65_HS1-834228961_62-HQ-83894_Serial_130
Agency: FBI
Page 50
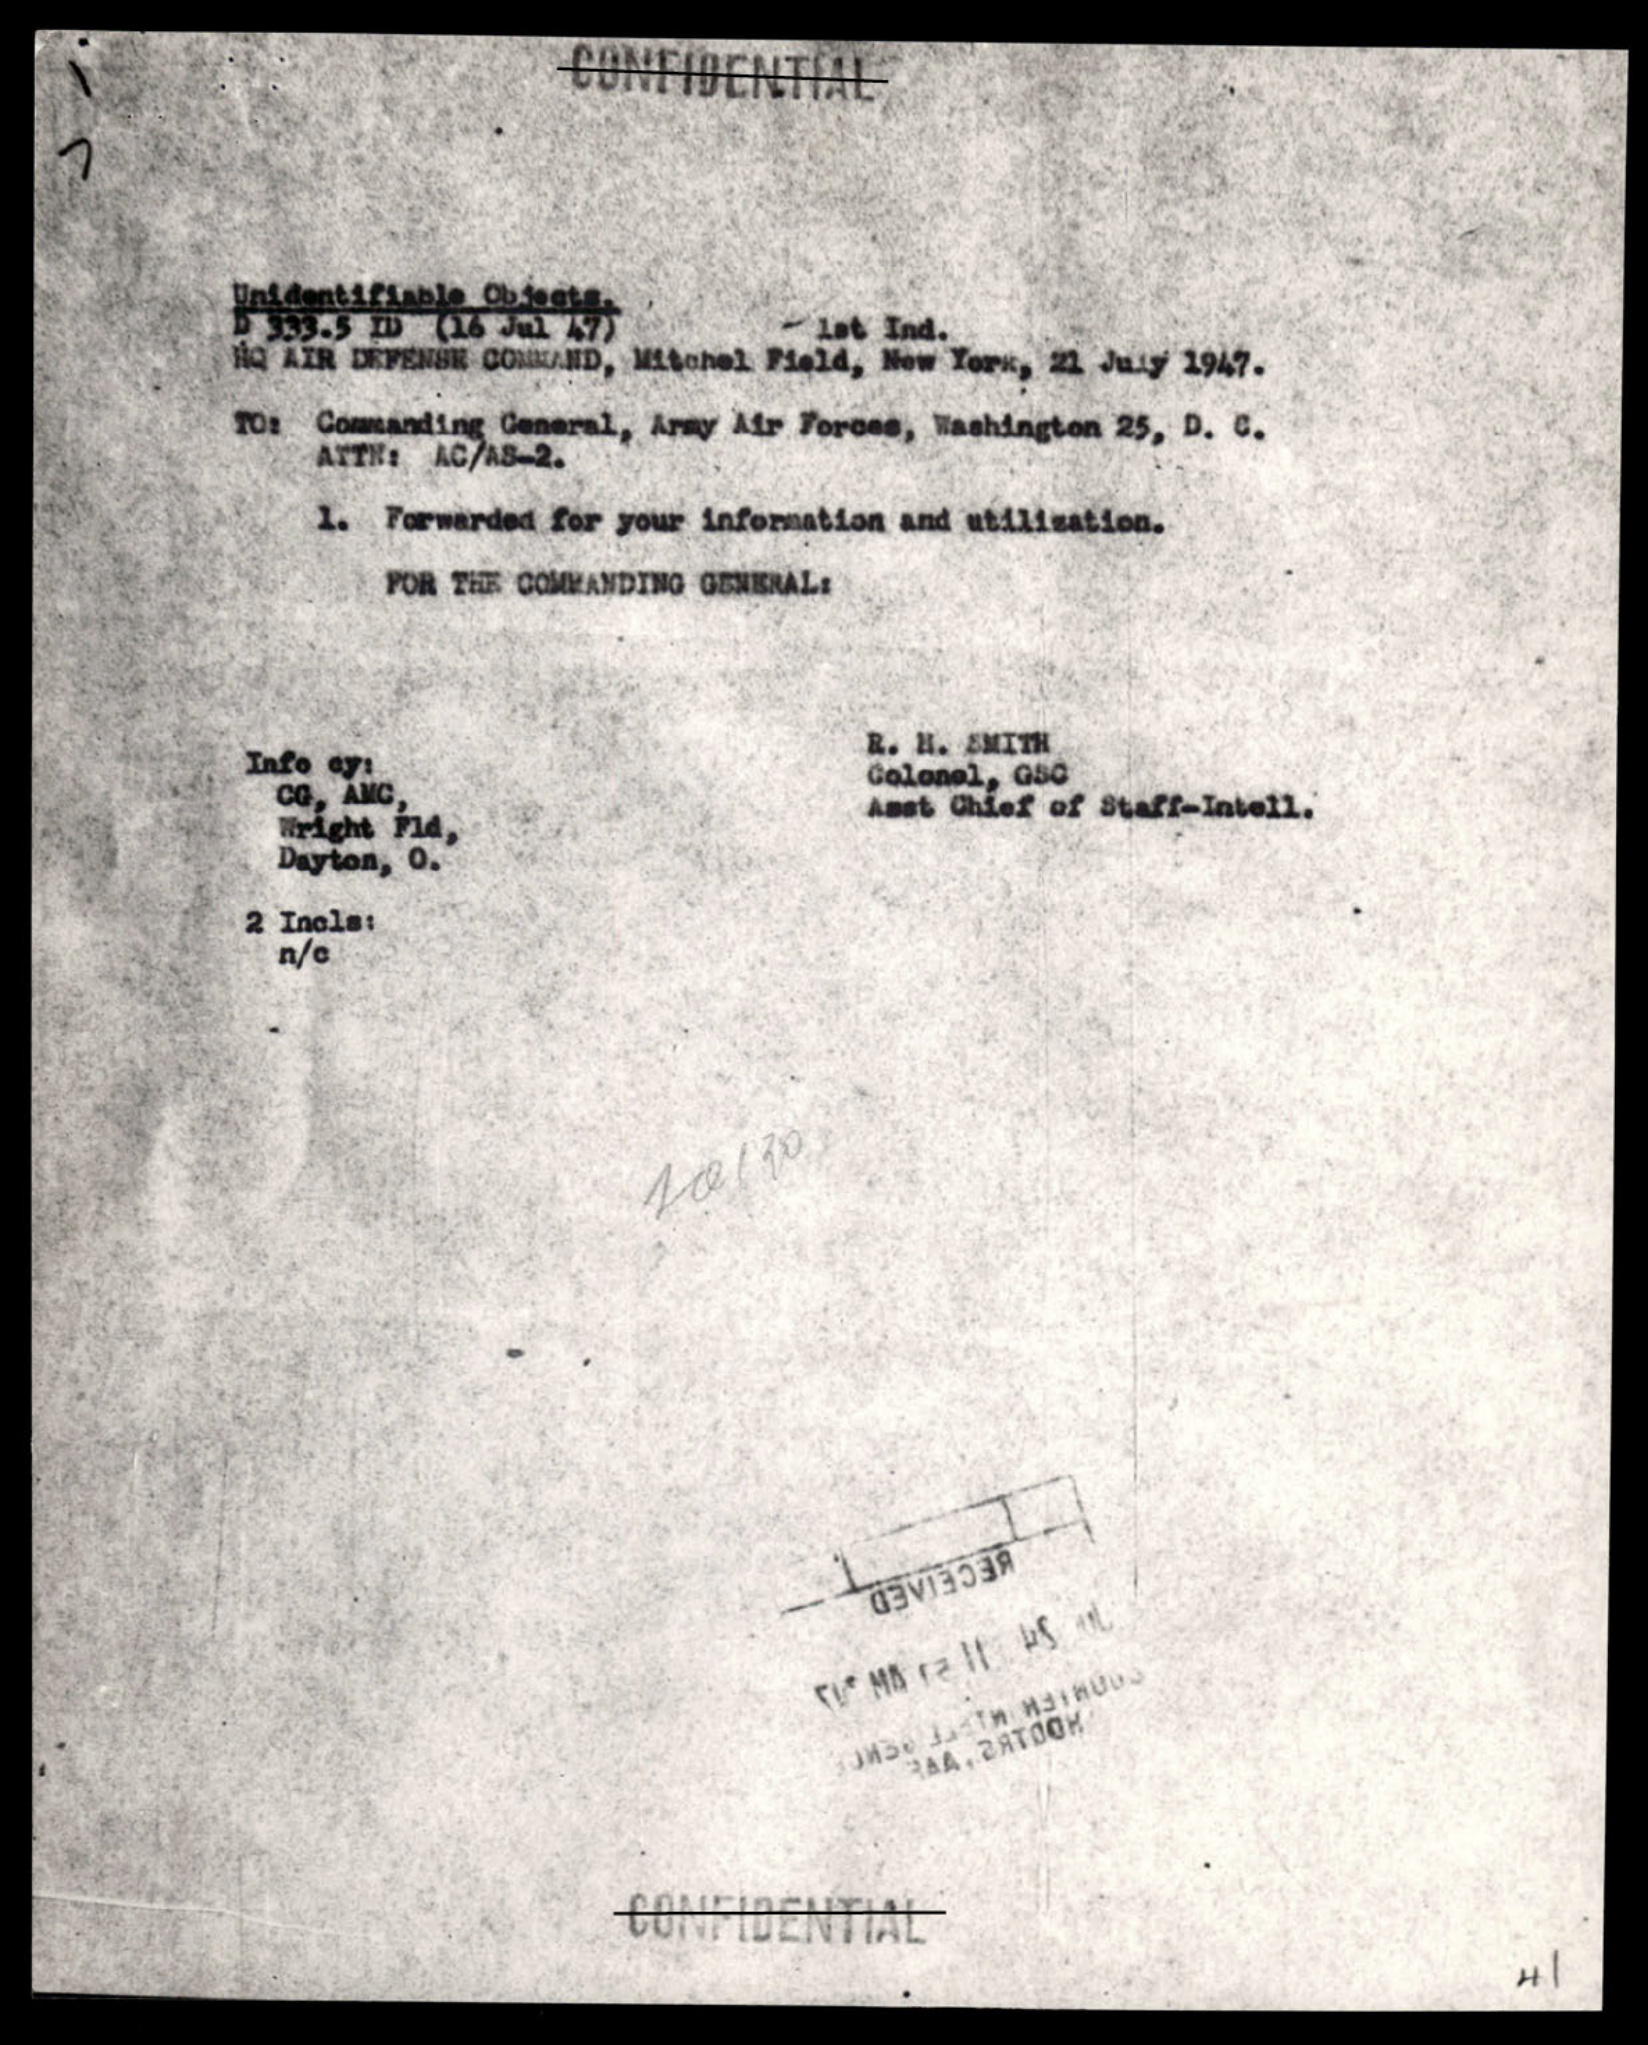